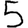
Digit: 5